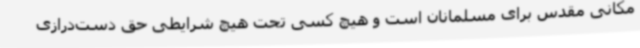
مکانی مقدس برای مسلمانان است و هیچ کسی تحت هیچ شرایطی حق دست‌درازی